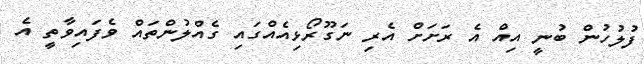
ފުލުހުން ބުނީ އިއް އެ ރަށަށް އެރި ނަގޫރޯޅިއެއްގައި ގެއްލުންތައް ވެފައިވާތީ އެ